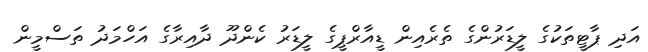
އަދި ޕާޓީތަކުގެ ލީޑަރުންގެ ތެރެއިން ޑީއާރްޕީގެ ލީޑަރު ކެންދޫ ދާއިރާގެ އަހްމަދު ތަސްމީން